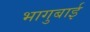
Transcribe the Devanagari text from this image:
भागुबाई